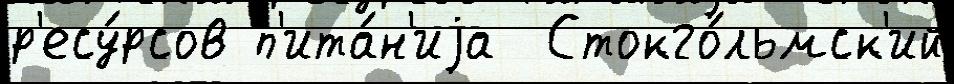
р'есу́рсов п'ита́н'иjа  Стокго́льмск'ий